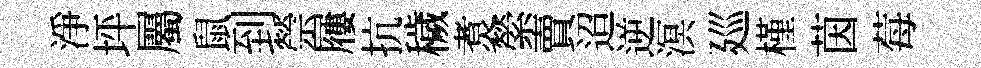
淨坪屬鼠到禜屨抗穢煑縈賣迢逆溟廵槿茵莓